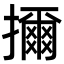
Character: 擟